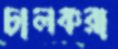
চালকরা